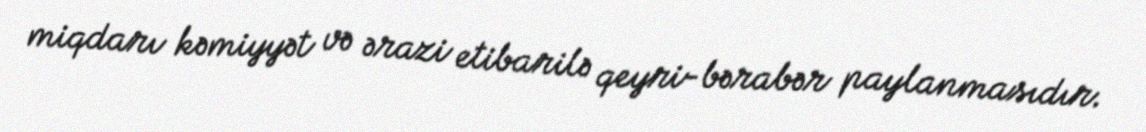
miqdarı kəmiyyət və ərazi etibarilə qeyri-bərabər paylanmasıdır.